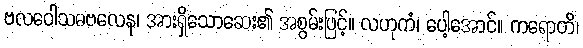
ဗလဝေါသဓဗလေန၊ အားရှိသောဆေး၏ အစွမ်းဖြင့်။ လဟုကံ၊ ပေါ့အောင်။ ကရောတိ၊